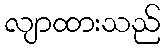
လျာထားသည်